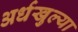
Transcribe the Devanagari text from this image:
अर्धखुल्या